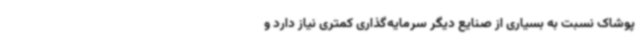
پوشاک نسبت به بسیاری از صنایع دیگر سرمایه‌گذاری کمتری نیاز دارد و